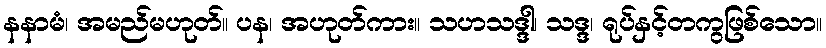
နနာမံ၊ အမည်မဟုတ်။ ပန၊ အဟုတ်ကား။ သဟသဒ္ဒါ၊ သဒ္ဒ၊ ရုပ်နှင့်တကွဖြစ်သော။